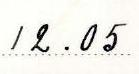
12.05